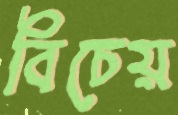
বিচেয়